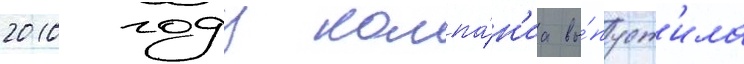
2010 году компа́н'иа вы́пуст'ила